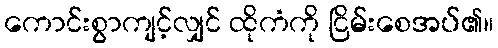
ကောင်းစွာကျင့်လျှင် ထိုကံကို ငြိမ်းစေအပ်၏။